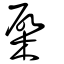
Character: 棨